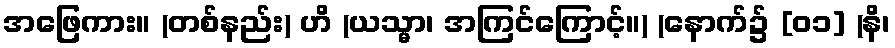
အဖြေကား။ (တစ်နည်း) ဟိ (ယသ္မာ၊ အကြင်ကြောင့်။) (နောက်၌ [၀၁] (နိ၊